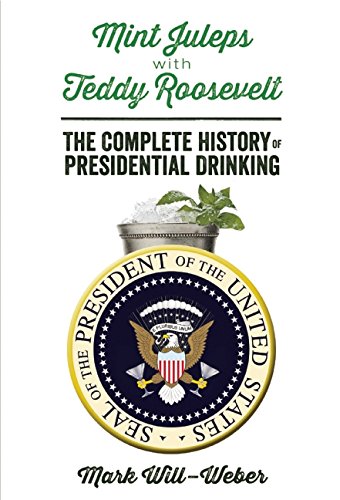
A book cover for Mint Juleps with Teddy Roosevelt: The Complete History of Presidential Drinking; Mark Will-Weber; Cookbooks, Food & Wine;